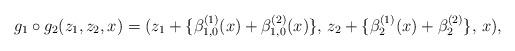
LaTeX: \begin{align*}g_{1} \circ g_{2} (z_{1},z_{2},x) = (z_{1} + \{ \beta_{1,0}^{(1)}(x) + \beta_{1,0}^{(2)}(x) \},\, z_{2} + \{ \beta_{2}^{(1)}(x) + \beta_{2}^{(2)} \},\, x ),\end{align*}